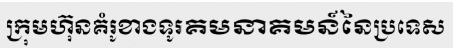
ក្រុមហ៊ុនគំរូខាងទូរគមនាគមន៍នៃប្រទេស